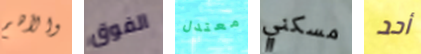
والأهم الفوق معتدل مسكني أحد